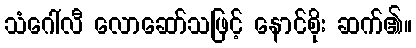
သံဂေါ်လီ လောဆော်သဖြင့် နောင်စိုး ဆက်၏။